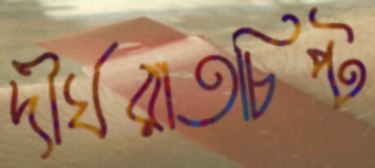
দীর্ঘরাতচিপ্‌ট